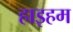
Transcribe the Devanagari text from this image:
हाइहम